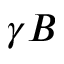
\gamma B